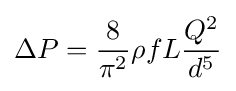
\Delta P={\frac {8}{\pi ^{2}}}\rho fL{\frac {Q^{2}}{d^{5}}}